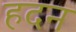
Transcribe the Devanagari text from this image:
हदन